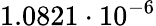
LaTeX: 1.0821\cdot 10^{-6}